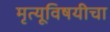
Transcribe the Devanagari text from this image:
मृत्यूविषयीचा